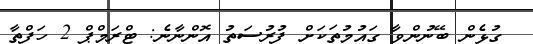
ގުޅެން ބޭނުންވާ ގައުމުތަކަށް ފުރުސަތު އޮންނާނެ: ޓްރަމްޕް 2 ހަފްތާ